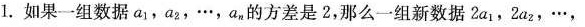
1.如果一组数据a_{1}，a_{2}，…，a_{n}的方差是2，那么一组新数据2a_{1}，2a_{2}，…，